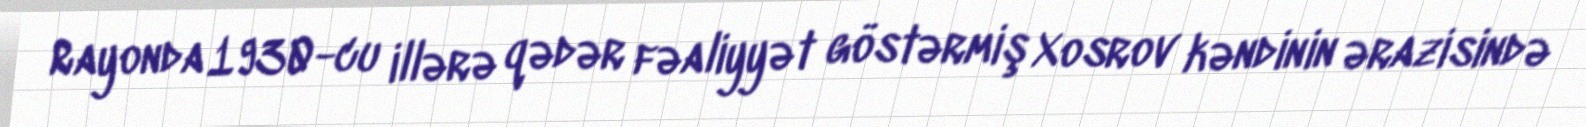
Rayonda 1930-cu illərə qədər fəaliyyət göstərmiş Xosrov kəndinin ərazisində